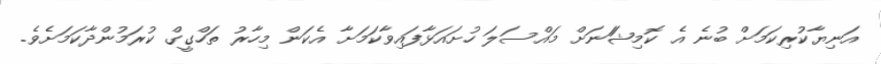
އަނިޔާކުރިކަމަށް ބުނެ އެ ކޮމިޝަަނަށް މައްސަލަ ހުށައަޅާފައިވާކަމަށާ އެކަން މިހާރު ތަހްގީގް ކުރަމުންދާކަމަށެވެ.